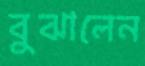
বুঝালেন